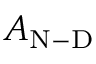
A _ { \mathrm { N - D } }